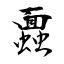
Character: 蠠